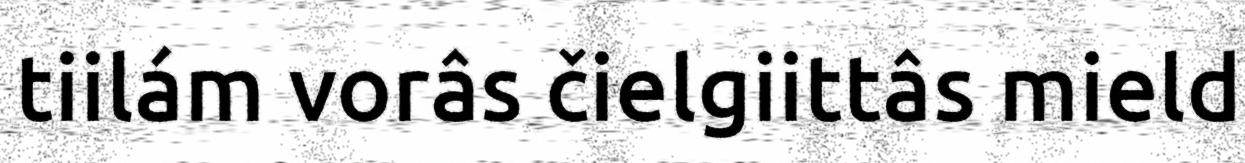
tiilám vorâs čielgiittâs mield